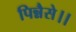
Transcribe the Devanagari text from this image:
पिन्नैसे।।